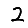
Digit: 2